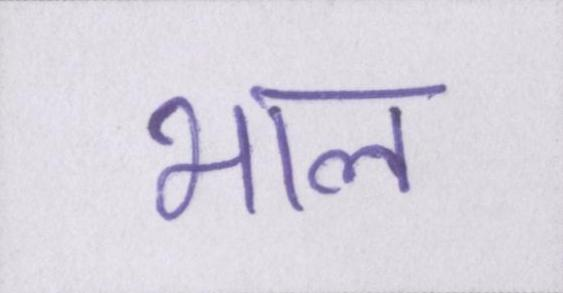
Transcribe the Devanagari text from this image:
भाल